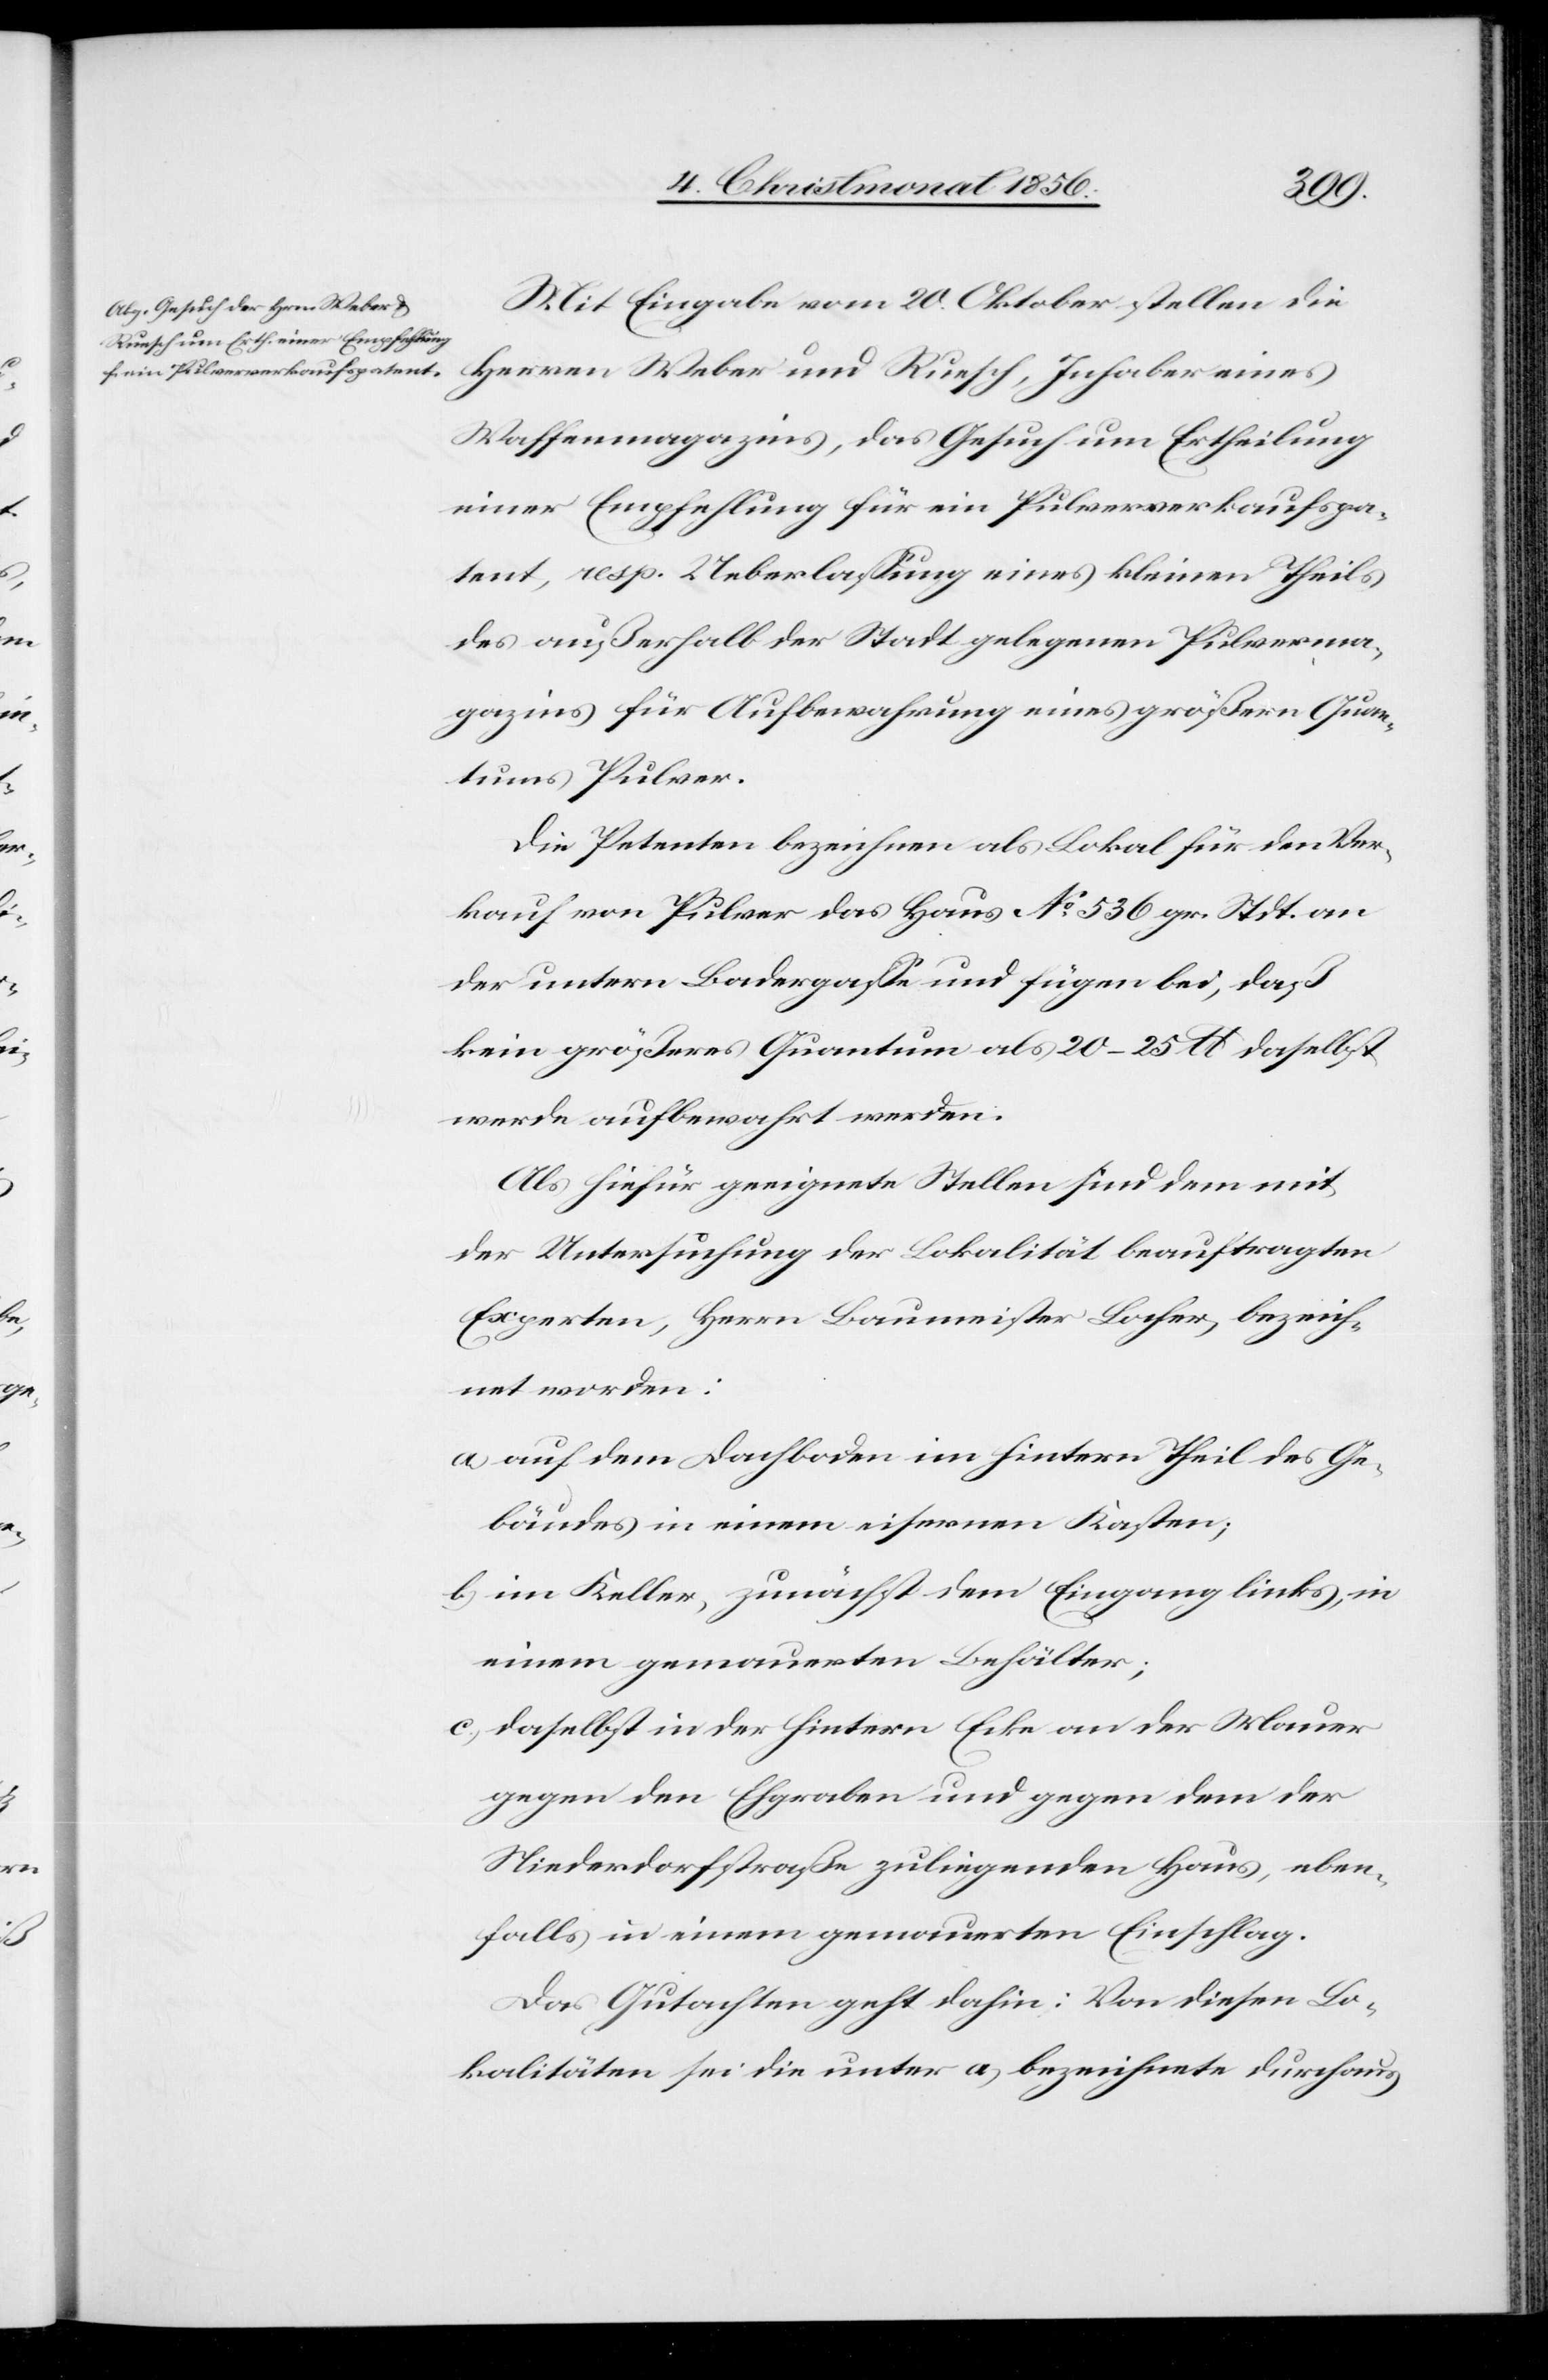
Mit Eingabe vom 20. Oktober stellen die
Herren Weber und Ruesch, Inhaber eines
Waffenmagazins, das Gesuch um Ertheilung
einer Empfehlung für ein Pulververkaufspa¬
tent, resp. Ueberlassung eines kleinen Theils
des außerhalb der Stadt gelegenen Pulverma¬
gazins für Aufbewahrung eines größern Quan¬
tums Pulver.
Die Petenten bezeichnen als Lokal für den Ver¬
kauf von Pulver das Haus No 536 gr. Stdt. an
der untern Badergasse und fügen bei, daß
kein größeres Quantum als 20–25 lb daselbst
werde aufbewahrt werden.
Als hiefür geeignete Stellen sind dem mit
der Untersuchung der Lokalität beauftragten
Experten, Herrn Baumeister Locher, bezeich¬
net worden:
a) auf dem Dachboden im hintern Theil des Ge¬
bäudes in einem eisernen Kasten;
b) im Keller, zunächst dem Eingang links, in
einem gemauerten Behälter;
c) daselbst in der hintern Ecke an der Mauer
gegen den Ehgraben und gegen dem der
Niederdorfstraße zuliegenden Haus, eben¬
falls in einem gemauerten Einschlag.
Das Gutachten geht dahin: Von diesen Lo¬
kalitäten sei die unter a) bezeichnete durchaus